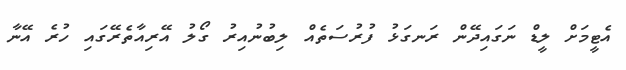
އެޓީމަށް ލީޑް ނަގައިދޭން ރަނގަޅު ފުރުސަތެއް ލިބުނުއިރު ގޯލު އޭރިއާތެރޭގައި ހުރެ އޭނާ